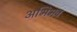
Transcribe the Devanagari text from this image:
अभिभव